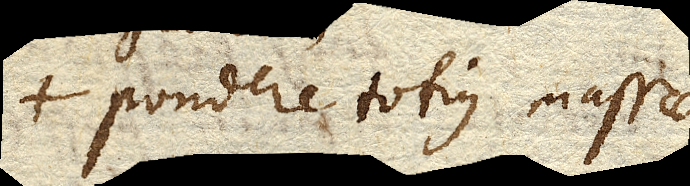
pondere totius massae